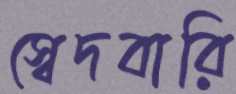
স্বেদবারি